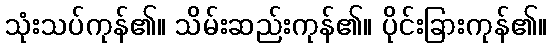
သုံးသပ်ကုန်၏။ သိမ်းဆည်းကုန်၏။ ပိုင်းခြားကုန်၏။